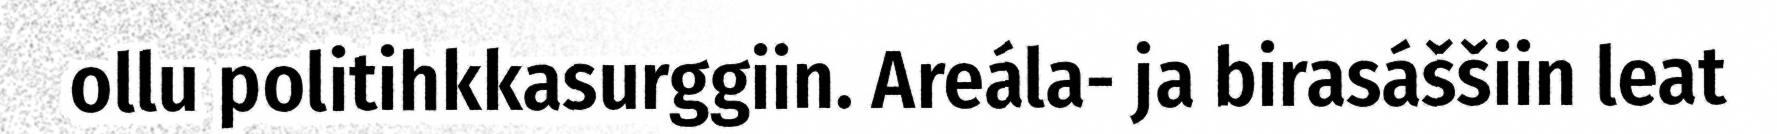
ollu politihkkasurggiin. Areála- ja birasáššiin leat